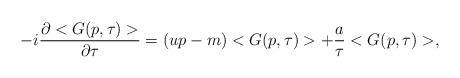
\begin{align*}-i \frac{\partial <G(p,\tau)>}{\partial \tau} = (up -m ) <G(p,\tau)> + \frac{a}{\tau} <G(p,\tau)>,\end{align*}